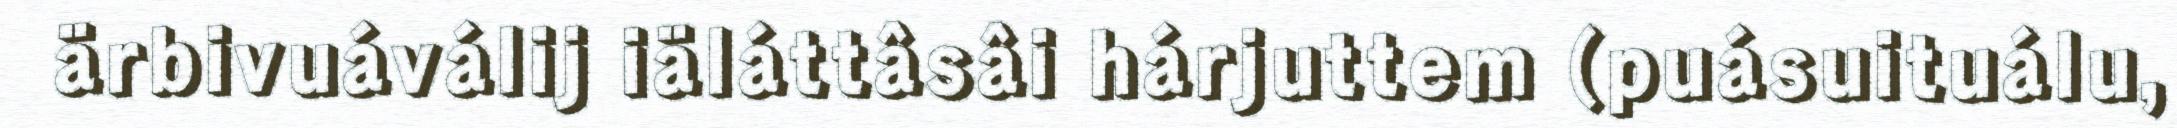
ärbivuáválij iäláttâsâi hárjuttem (puásuituálu,